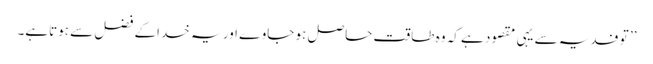
’’ تو فدیہ سے یہی مقصود ہے کہ وہ طاقت حاصل ہو جاوے اور یہ خداکے فضل سے ہوتاہے۔